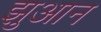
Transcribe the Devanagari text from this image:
झुआन